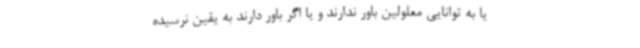
یا به توانایی معلولین باور ندارند و یا اگر باور دارند به یقین نرسیده